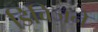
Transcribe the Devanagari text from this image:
डिविजनें